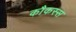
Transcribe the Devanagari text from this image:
कौकस्स